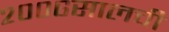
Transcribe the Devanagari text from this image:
२००६सालची